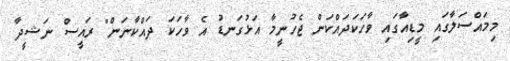
މިމައްސަލާގައި މީޑިއާގައި ވާހަކަދައްކަން ޖެހުނީމާ އަޅުގަނޑު އެ ވާހަކަ ދައްކާނަން" ރައީސް ނަޝީދާ